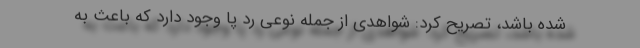
شده باشد، تصریح کرد: شواهدی از جمله نوعی رد پا وجود دارد که باعث به